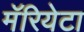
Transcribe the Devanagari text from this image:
मॅरियेटा